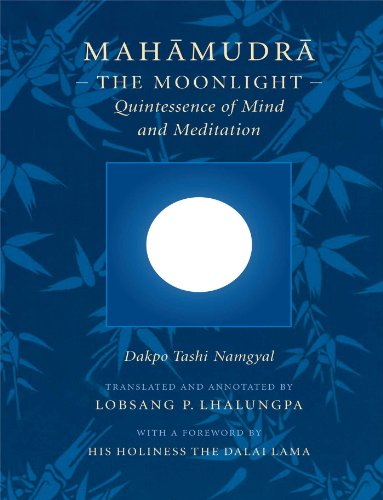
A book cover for Mahamudra: The Moonlight -- Quintessence of Mind and Meditation; Dakpo Tashi Namgyal; Religion & Spirituality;